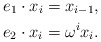
\begin{align*}e_1\cdot x_i = x_{i-1}, \\ e_2\cdot x_i = \omega^i x_i.\end{align*}